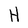
Character: H